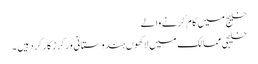
خلیج میں کام کرنے والے
خلیجی ممالک میں لاکھوں ہندوستانی ورکرزکارکردہیں ۔